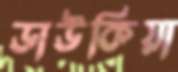
ডাউকিয়া